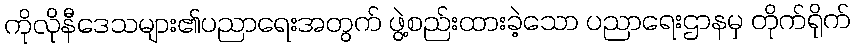
ကိုလိုနီဒေသများ၏ပညာရေးအတွက် ဖွဲ့စည်းထားခဲ့သော ပညာရေးဌာနမှ တိုက်ရိုက်